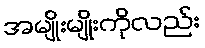
အမျိုးမျိုးကိုလည်း